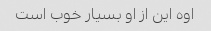
اوه این از او بسیار خوب است